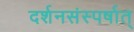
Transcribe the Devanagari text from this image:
दर्शनसंस्पर्षात्